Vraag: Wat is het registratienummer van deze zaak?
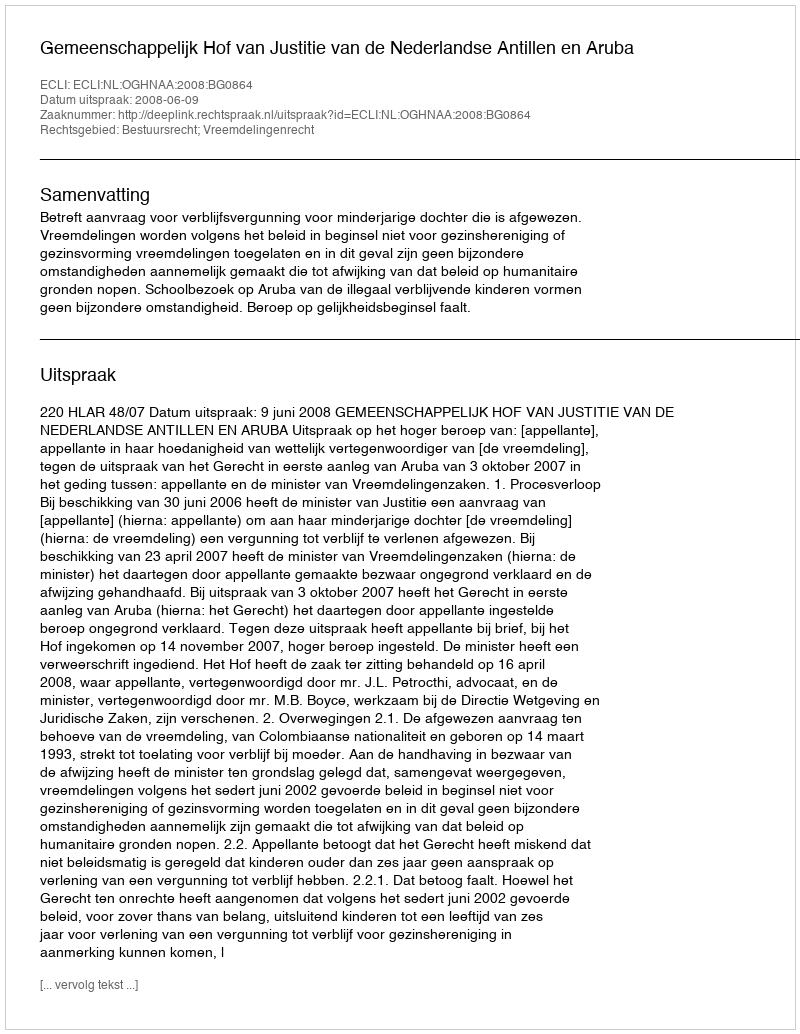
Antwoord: http://deeplink.rechtspraak.nl/uitspraak?id=ECLI:NL:OGHNAA:2008:BG0864